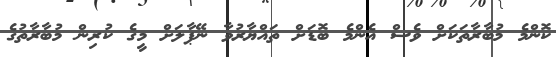
ކޮންމެ މުބާރާތަކަށް ވެސް އެންމެ ބޮޑަށް ތައްޔާރުވާ ނޭޕާލަށް މީގެ ކުރިން މުބާރާތުގެ